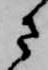
さ